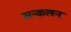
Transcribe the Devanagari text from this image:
सन्कलन